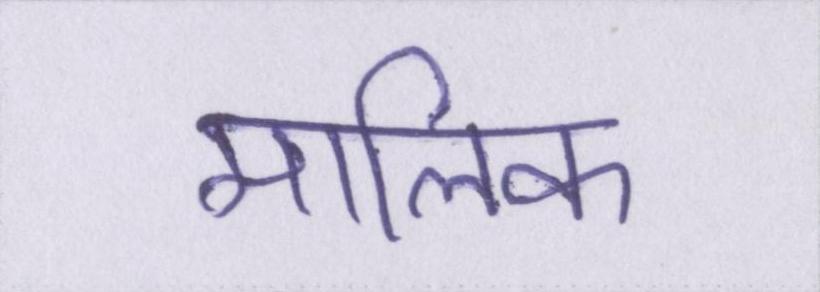
मालिक